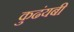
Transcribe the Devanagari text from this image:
कुढंयबी